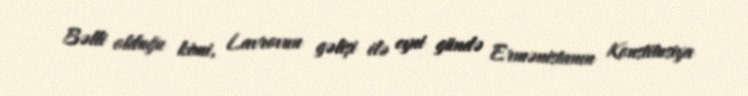
Bəlli olduğu kimi, Lavrovun gəlişi ilə eyni gündə Ermənistanın Konstitusiya